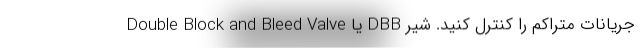
جریانات متراکم را کنترل کنید. شیر DBB یا Double Block and Bleed Valve